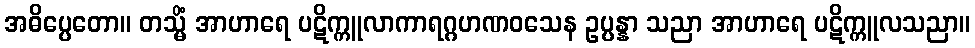
အဓိပ္ပေတော။ တသ္မိံ အာဟာရေ ပဋိက္ကူလာကာရဂ္ဂဟဏဝသေန ဥပ္ပန္နာ သညာ အာဟာရေ ပဋိက္ကူလသညာ။